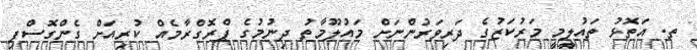
ތ. އަތޮޅު ތައުލީމީ މަރުކަޒުގެ ދަރިވަރުންނަށް މައުލޫމާތު ދިނުމުގެ ޕްރޮގްރާމެއް ކުރިއަށް ގެންގޮސްފި